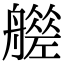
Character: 𦪮